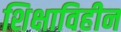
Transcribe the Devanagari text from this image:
शिक्षाविहीन